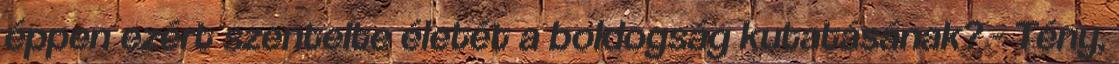
éppen ezért szentelte életét a boldogság kutatásának? - Tény,